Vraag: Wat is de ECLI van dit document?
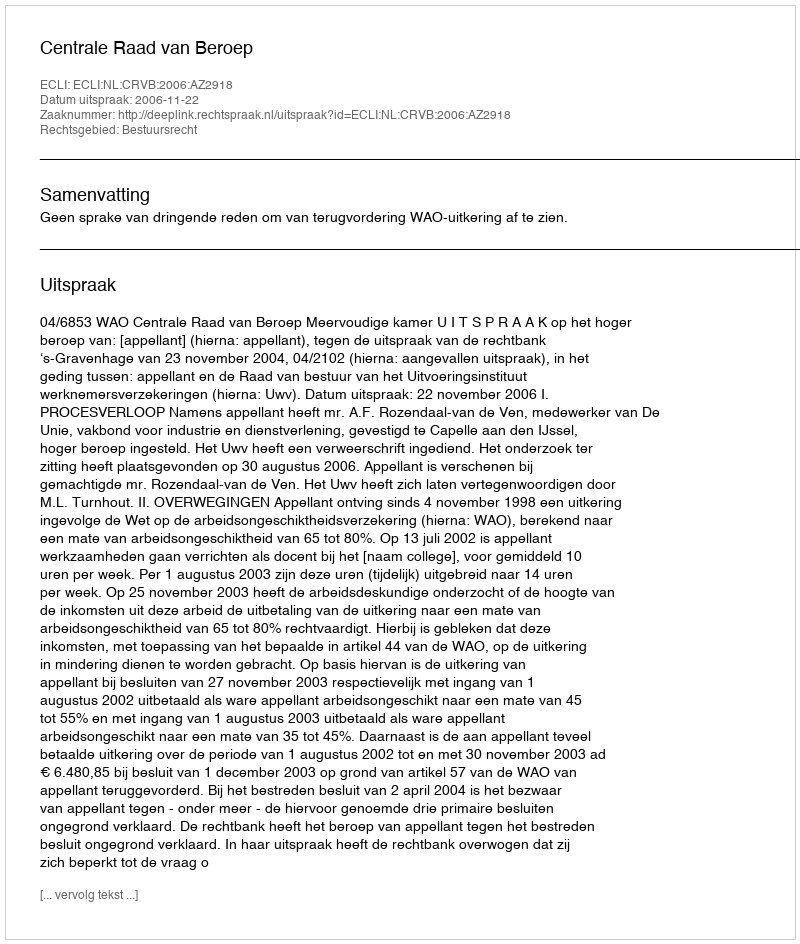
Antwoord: ECLI:NL:CRVB:2006:AZ2918